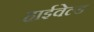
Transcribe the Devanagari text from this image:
हाईवेल्ड